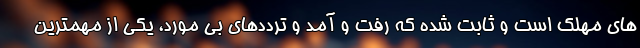
های مهلک است و ثابت شده که رفت و آمد و ترددهای بی مورد، یکی از مهمترین